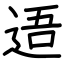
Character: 逜